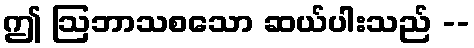
ဤ ဩဘာသစသော ဆယ်ပါးသည် --